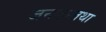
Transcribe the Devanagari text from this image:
जनकस्तथा